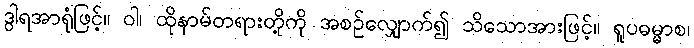
ဒွါရအာရုံဖြင့်။ ဝါ၊ ထိုနာမ်တရားတို့ကို အစဉ်လျှောက်၍ သိသောအားဖြင့်။ ရူပဓမ္မာစ၊